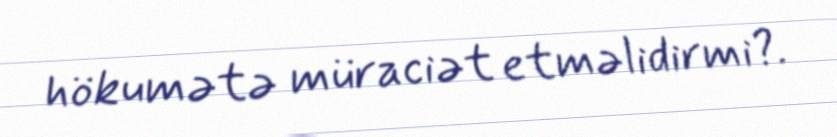
hökumətə müraciət etməlidirmi?.